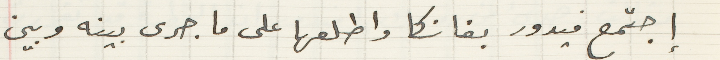
اجتمع فيدور بفانكا واطلعها على ما جرى بينه وبين